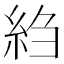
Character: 䋓